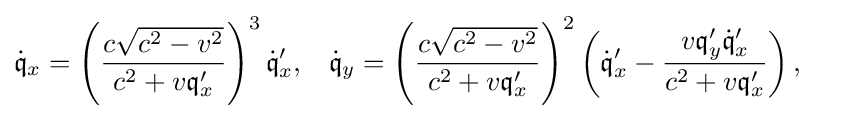
{\begin{aligned}{\mathfrak {\dot {q}}}_{x}&=\left({\frac {c{\sqrt {c^{2}-v^{2}}}}{c^{2}+v{\mathfrak {q}}_{x}^{\prime }}}\right)^{3}{\mathfrak {\dot {q}}}_{x}^{\prime },&{\mathfrak {\dot {q}}}_{y}&=\left({\frac {c{\sqrt {c^{2}-v^{2}}}}{c^{2}+v{\mathfrak {q}}_{x}^{\prime }}}\right)^{2}\left({\mathfrak {\dot {q}}}_{x}^{\prime }-{\frac {v{\mathfrak {q}}_{y}^{\prime }{\mathfrak {\dot {q}}}_{x}^{\prime }}{c^{2}+v{\mathfrak {q}}_{x}^{\prime }}}\right),\end{aligned}}